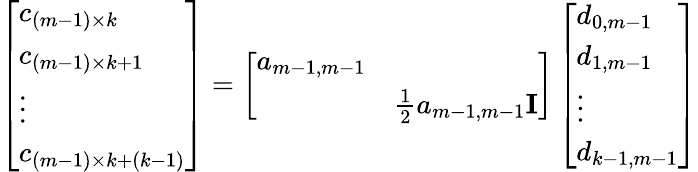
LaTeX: \begin{array}{r}{\left[\begin{array}{l}{c_{(m-1)\times k}}\\ {c_{(m-1)\times k+1}}\\ {\vdots}\\ {c_{(m-1)\times k+(k-1)}}\end{array}\right]=\left[\begin{array}{ll}{a_{m-1,m-1}}&\\ &{\frac{1}{2}a_{m-1,m-1}{\mathbf I}}\end{array}\right]\left[\begin{array}{l}{d_{0,m-1}}\\ {d_{1,m-1}}\\ {\vdots}\\ {d_{k-1,m-1}}\end{array}\right]}\end{array}